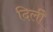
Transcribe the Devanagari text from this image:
दिलीे